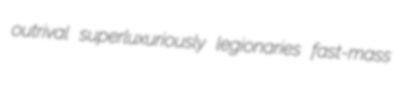
outrival superluxuriously legionaries fast-mass